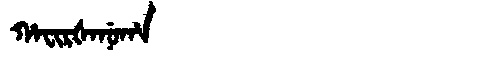
Manchu: ᡥᠠᠸᡳᡵᡧᠠᠨᡠᡥᠠ
Romanization: HAFIRŠANUHA